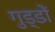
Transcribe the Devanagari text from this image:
गुड्डों